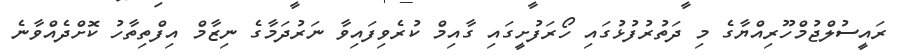
ރައީސުލްޖުމްހޫރިއްޔާގެ މި ދަތުރުފުޅުގައި ހޯރަފުށީގައި ގާއިމް ކުރެވިފައިވާ ނަރުދަމާގެ ނިޒާމް އިފްތިތާހު ކޮށްދެއްވާނެ